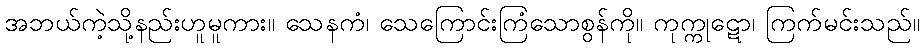
အဘယ်ကဲ့သို့နည်းဟူမူကား။ သေနကံ၊ သေကြောင်းကြံသောစွန်ကို။ ကုက္ကုဋော၊ ကြက်မင်းသည်။